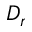
D _ { r }